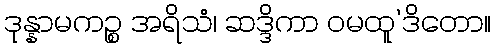
ဒုန္နာမကဉ္စ အရိသံ၊ ဆဒ္ဒိကာ ဝမထူ’ဒိတော။